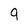
Character: 9